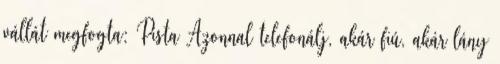
vállát megfogta: Pista Azonnal telefonálj, akár fiú, akár lány